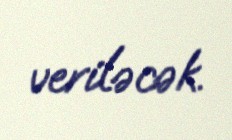
veriləcək.